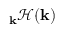
\mathbf { \nabla } _ { \mathbf { k } } \mathcal { H } ( \mathbf { k } )